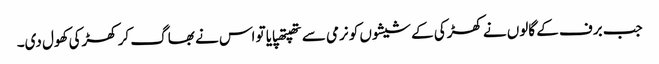
جب برف کے گالوں نے کھڑکی کے شیشوں کو نرمی سے تھپتھپایا تو اس نے بھاگ کر کھڑکی کھول دی۔